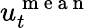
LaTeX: u_{t}^{\mathrm{~m~e~a~n~}}